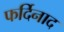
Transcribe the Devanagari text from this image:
फर्दिनाद